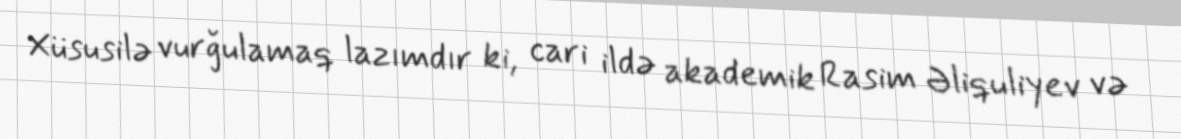
Xüsusilə vurğulamaq lazımdır ki, cari ildə akademik Rasim Əliquliyev və